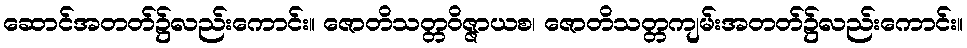
ဆောင်အတတ်၌လည်းကောင်း။ ဇောတိသတ္တဝိဇ္ဇာယစ၊ ဇောတိသတ္တကျမ်းအတတ်၌လည်းကောင်း။